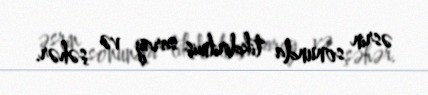
əsrin sonunda tikdirilmiş saray və şəhər.